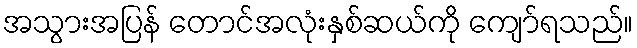
အသွားအပြန် တောင်အလုံးနှစ်ဆယ်ကို ကျော်ရသည်။